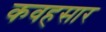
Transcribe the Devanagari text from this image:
कवहसार